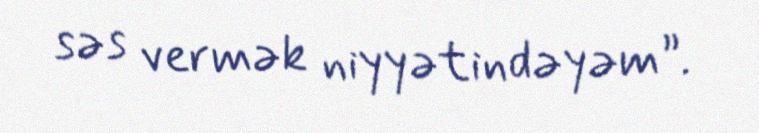
səs vermək niyyətindəyəm”.